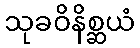
သုခဝိနိစ္ဆယံ